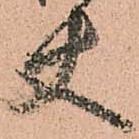
使